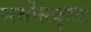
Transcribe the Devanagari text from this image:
सर्वोत्त्कृष्ट